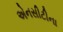
એનસીટીના